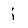
Character: j